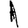
Digit: 1